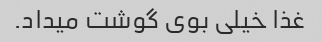
غذا خیلی بوی گوشت میداد.